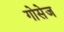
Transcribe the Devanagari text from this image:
गोसेज